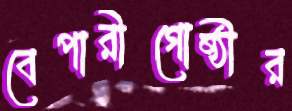
বেপারীগোষ্ঠীর